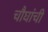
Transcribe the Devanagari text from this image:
चौघांची